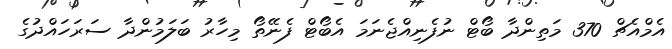
އެމްއެޗް 370 މަތިންދާ ބޯޓް ނުފެނިއްޖެނަމަ އެބޯޓް ފެނޭތޯ މިހާރު ބަލަމުންދާ ސަރަހައްދުގެ